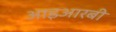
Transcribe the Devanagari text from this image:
आइआरबी